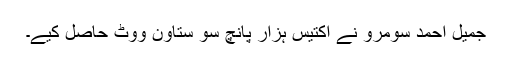
جمیل احمد سومرو نے اکتیس ہزار پانچ سو ستاون ووٹ حاصل کیے۔